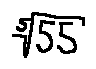
\sqrt [ 5 ] { 5 5 }